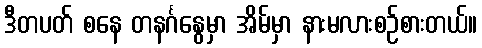
ဒီတပတ် စနေ တနင်္ဂနွေမှာ အိမ်မှာ နားမလားစဉ်စားတယ်။